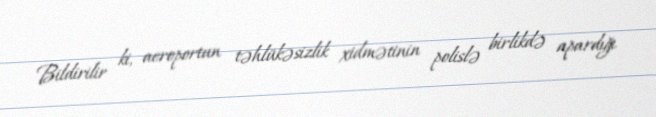
Bildirilir ki, aeroportun təhlükəsizlik xidmətinin polislə birlikdə apardığı